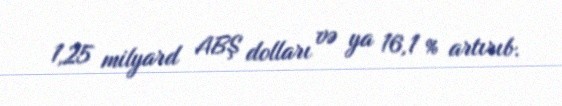
1,25 milyard ABŞ dolları və ya 16,1 % artırıb.